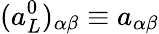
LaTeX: (a_{L}^{0})_{\alpha\beta}\equiv a_{\alpha\beta}